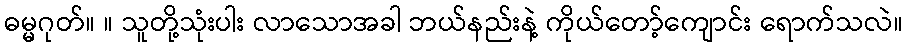
ဓမ္မဂုတ်။ ။ သူတို့သုံးပါး လာသောအခါ ဘယ်နည်းနဲ့ ကိုယ်တော့်ကျောင်း ရောက်သလဲ။